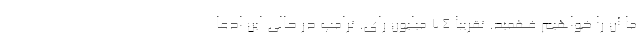
ما آن را خواهیم فهمید. تقریبا ۷۴ میلیون رای. ترامپ در حالی این ادعا